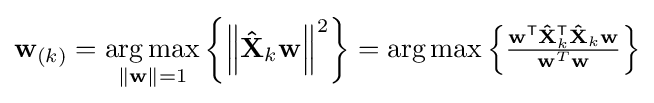
\mathbf {w} _{(k)}=\mathop {\operatorname {arg\,max} } _{\left\|\mathbf {w} \right\|=1}\left\{\left\|\mathbf {\hat {X}} _{k}\mathbf {w} \right\|^{2}\right\}=\arg \max \left\{{\tfrac {\mathbf {w} ^{\mathsf {T}}\mathbf {\hat {X}} _{k}^{\mathsf {T}}\mathbf {\hat {X}} _{k}\mathbf {w} }{\mathbf {w} ^{T}\mathbf {w} }}\right\}